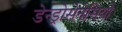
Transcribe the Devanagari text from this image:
डेन्ड्रोसेनेसियो